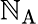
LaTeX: \mathbb{N}_{\mathrm{{A}}}